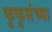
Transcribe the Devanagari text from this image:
फुफुसंच्या